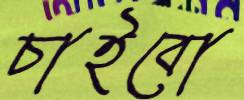
চাইবো